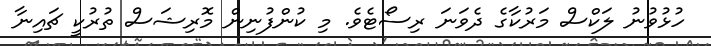
ހުޅުވުނު ލަކްސް މަރުކާގެ ދެވަނަ ރިސޯޓެވެ. މި ކުންފުނިން މޮރިޝަސް ތުރުކީ ޗައިނާ